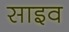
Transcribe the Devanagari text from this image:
साइव